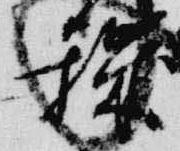
穢